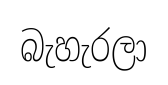
බැහැරලා